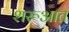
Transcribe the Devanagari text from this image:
शरूआत